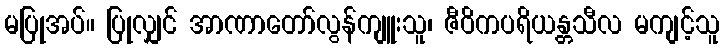
မပြုအပ်။ ပြုလျှင် အာဏာတော်လွန်ကျူးသူ၊ ဇီဝိကပရိယန္တသီလ မကျင့်သူ